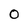
Character: 0